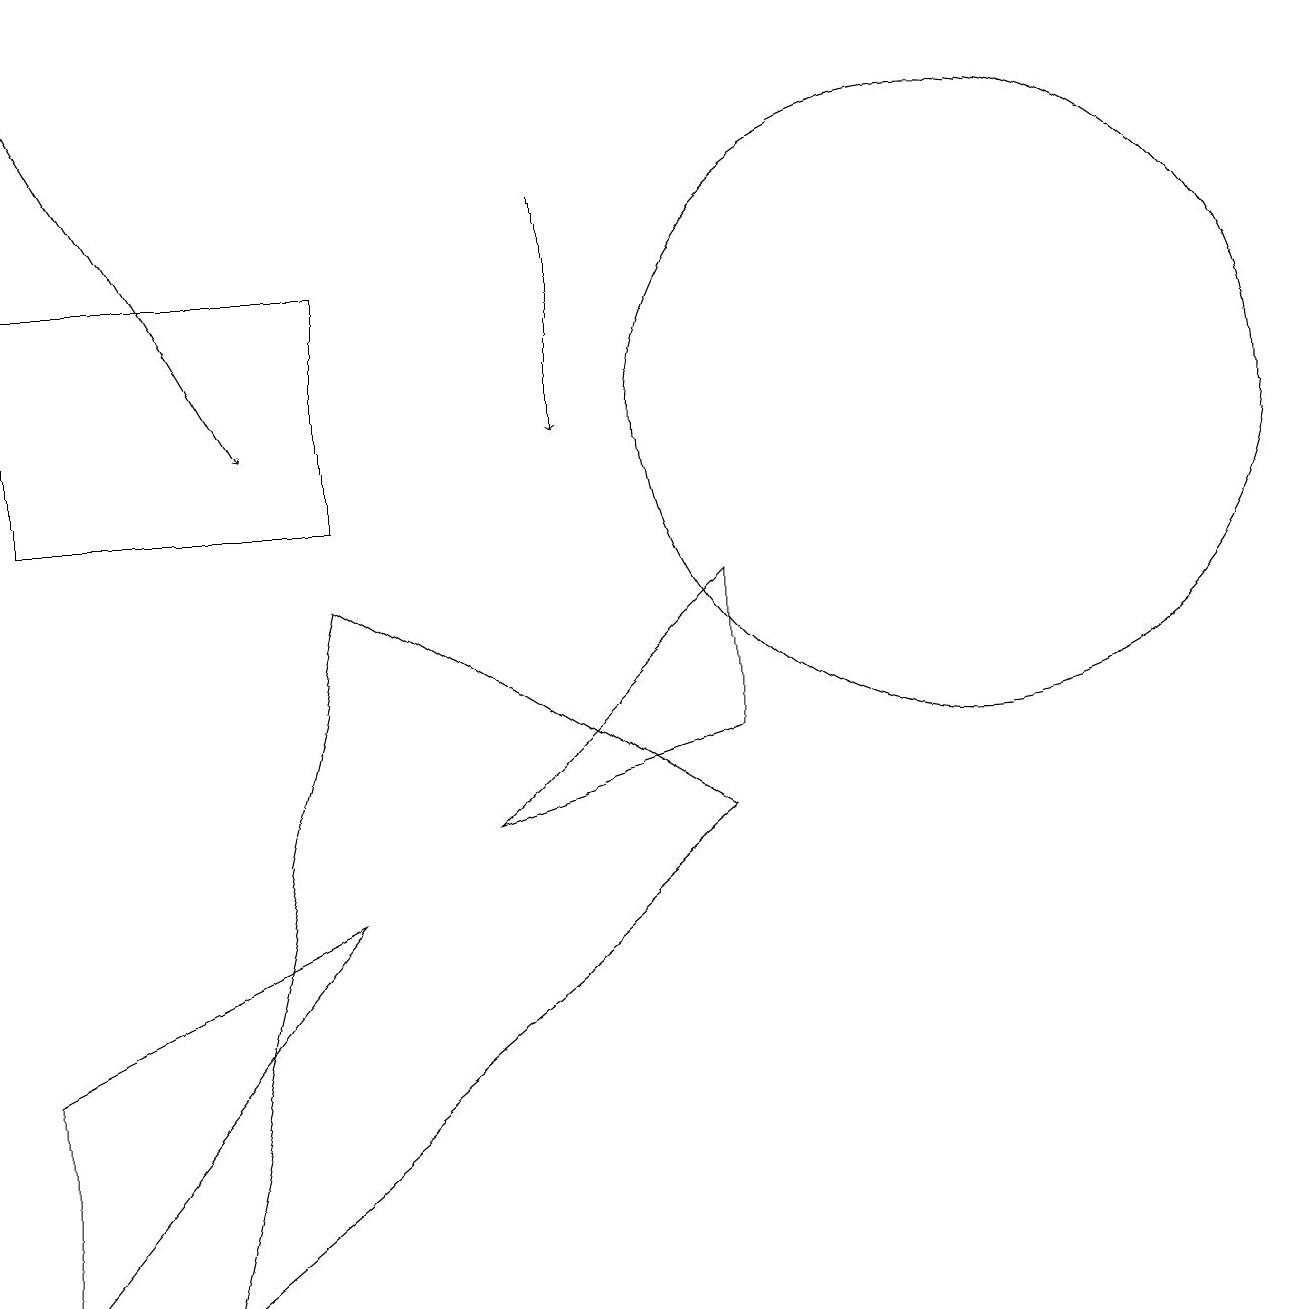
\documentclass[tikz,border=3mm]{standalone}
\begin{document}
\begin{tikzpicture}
\draw (4,9) -- (9,6) -- (2,0) -- cycle;
\draw (0,3) -- (0,0) -- (4,5) -- cycle;
\draw (12,11) circle (4);
\draw (4,13) rectangle (0,10);
\draw[->] (0,16) -- (3,11);
\draw[->] (7,14) -- (7,11);
\draw (6,6) -- (9,7) -- (9,9) -- cycle;
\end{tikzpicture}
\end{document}